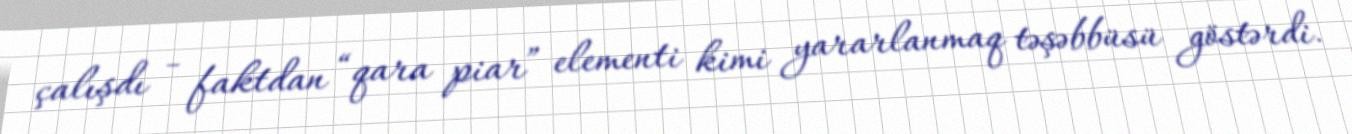
çalışdı - faktdan “qara piar” elementi kimi yararlanmaq təşəbbüsü göstərdi.